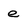
Character: e